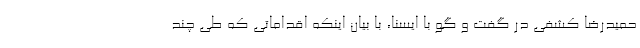
حمیدرضا کشفی در گفت و گو با ایسنا، با بیان اینکه اقداماتی که طی چند